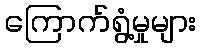
ကြောက်ရွံ့မှုများ